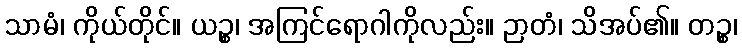
သာမံ၊ ကိုယ်တိုင်။ ယဉ္စ၊ အကြင်ရောဂါကိုလည်း။ ဉာတံ၊ သိအပ်၏။ တဉ္စ၊